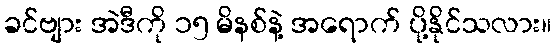
ခင်ဗျား အဲဒီကို ၁၅ မိနစ်နဲ့ အရောက် ပို့နိုင်သလား။